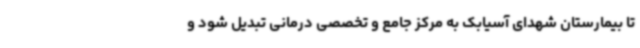
تا بیمارستان شهدای آسیابک به مرکز جامع و تخصصی درمانی تبدیل شود و